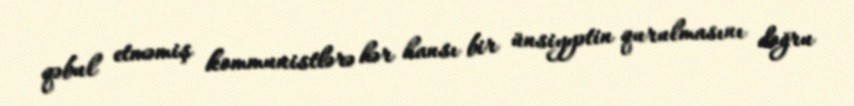
qəbul etməmiş kommunistlərə hər hansı bir ünsiyyətin qurulmasını doğru